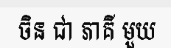
ចិន ជា ភាគី មួយ